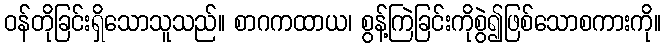
ဝန်တိုခြင်းရှိသောသူသည်။ စာဂကထာယ၊ စွန့်ကြဲခြင်းကိုစွဲ၍ဖြစ်သောစကားကို။